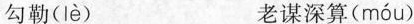
勾勒( lè ) 老谋深算( móu )